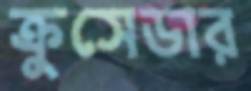
ক্রুসেডার